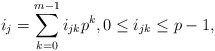
\begin{align*}i_j=\sum_{k=0}^{m-1} i_{jk}p^k,0\le i_{jk}\le p-1,\end{align*}